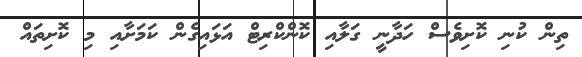
ތިން ކުނި ކޮށިވެސް ހަދާނީ ގަލާއި ކޮންކްރިޓް އަޅައިގެން ކަމަށާއި މި ކޮށިތައް